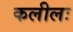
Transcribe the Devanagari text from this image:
कलीलः